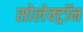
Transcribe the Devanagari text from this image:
सोलेक्ट्रॉन